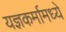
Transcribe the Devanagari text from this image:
यज्ञकर्मामध्ये